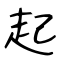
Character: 起